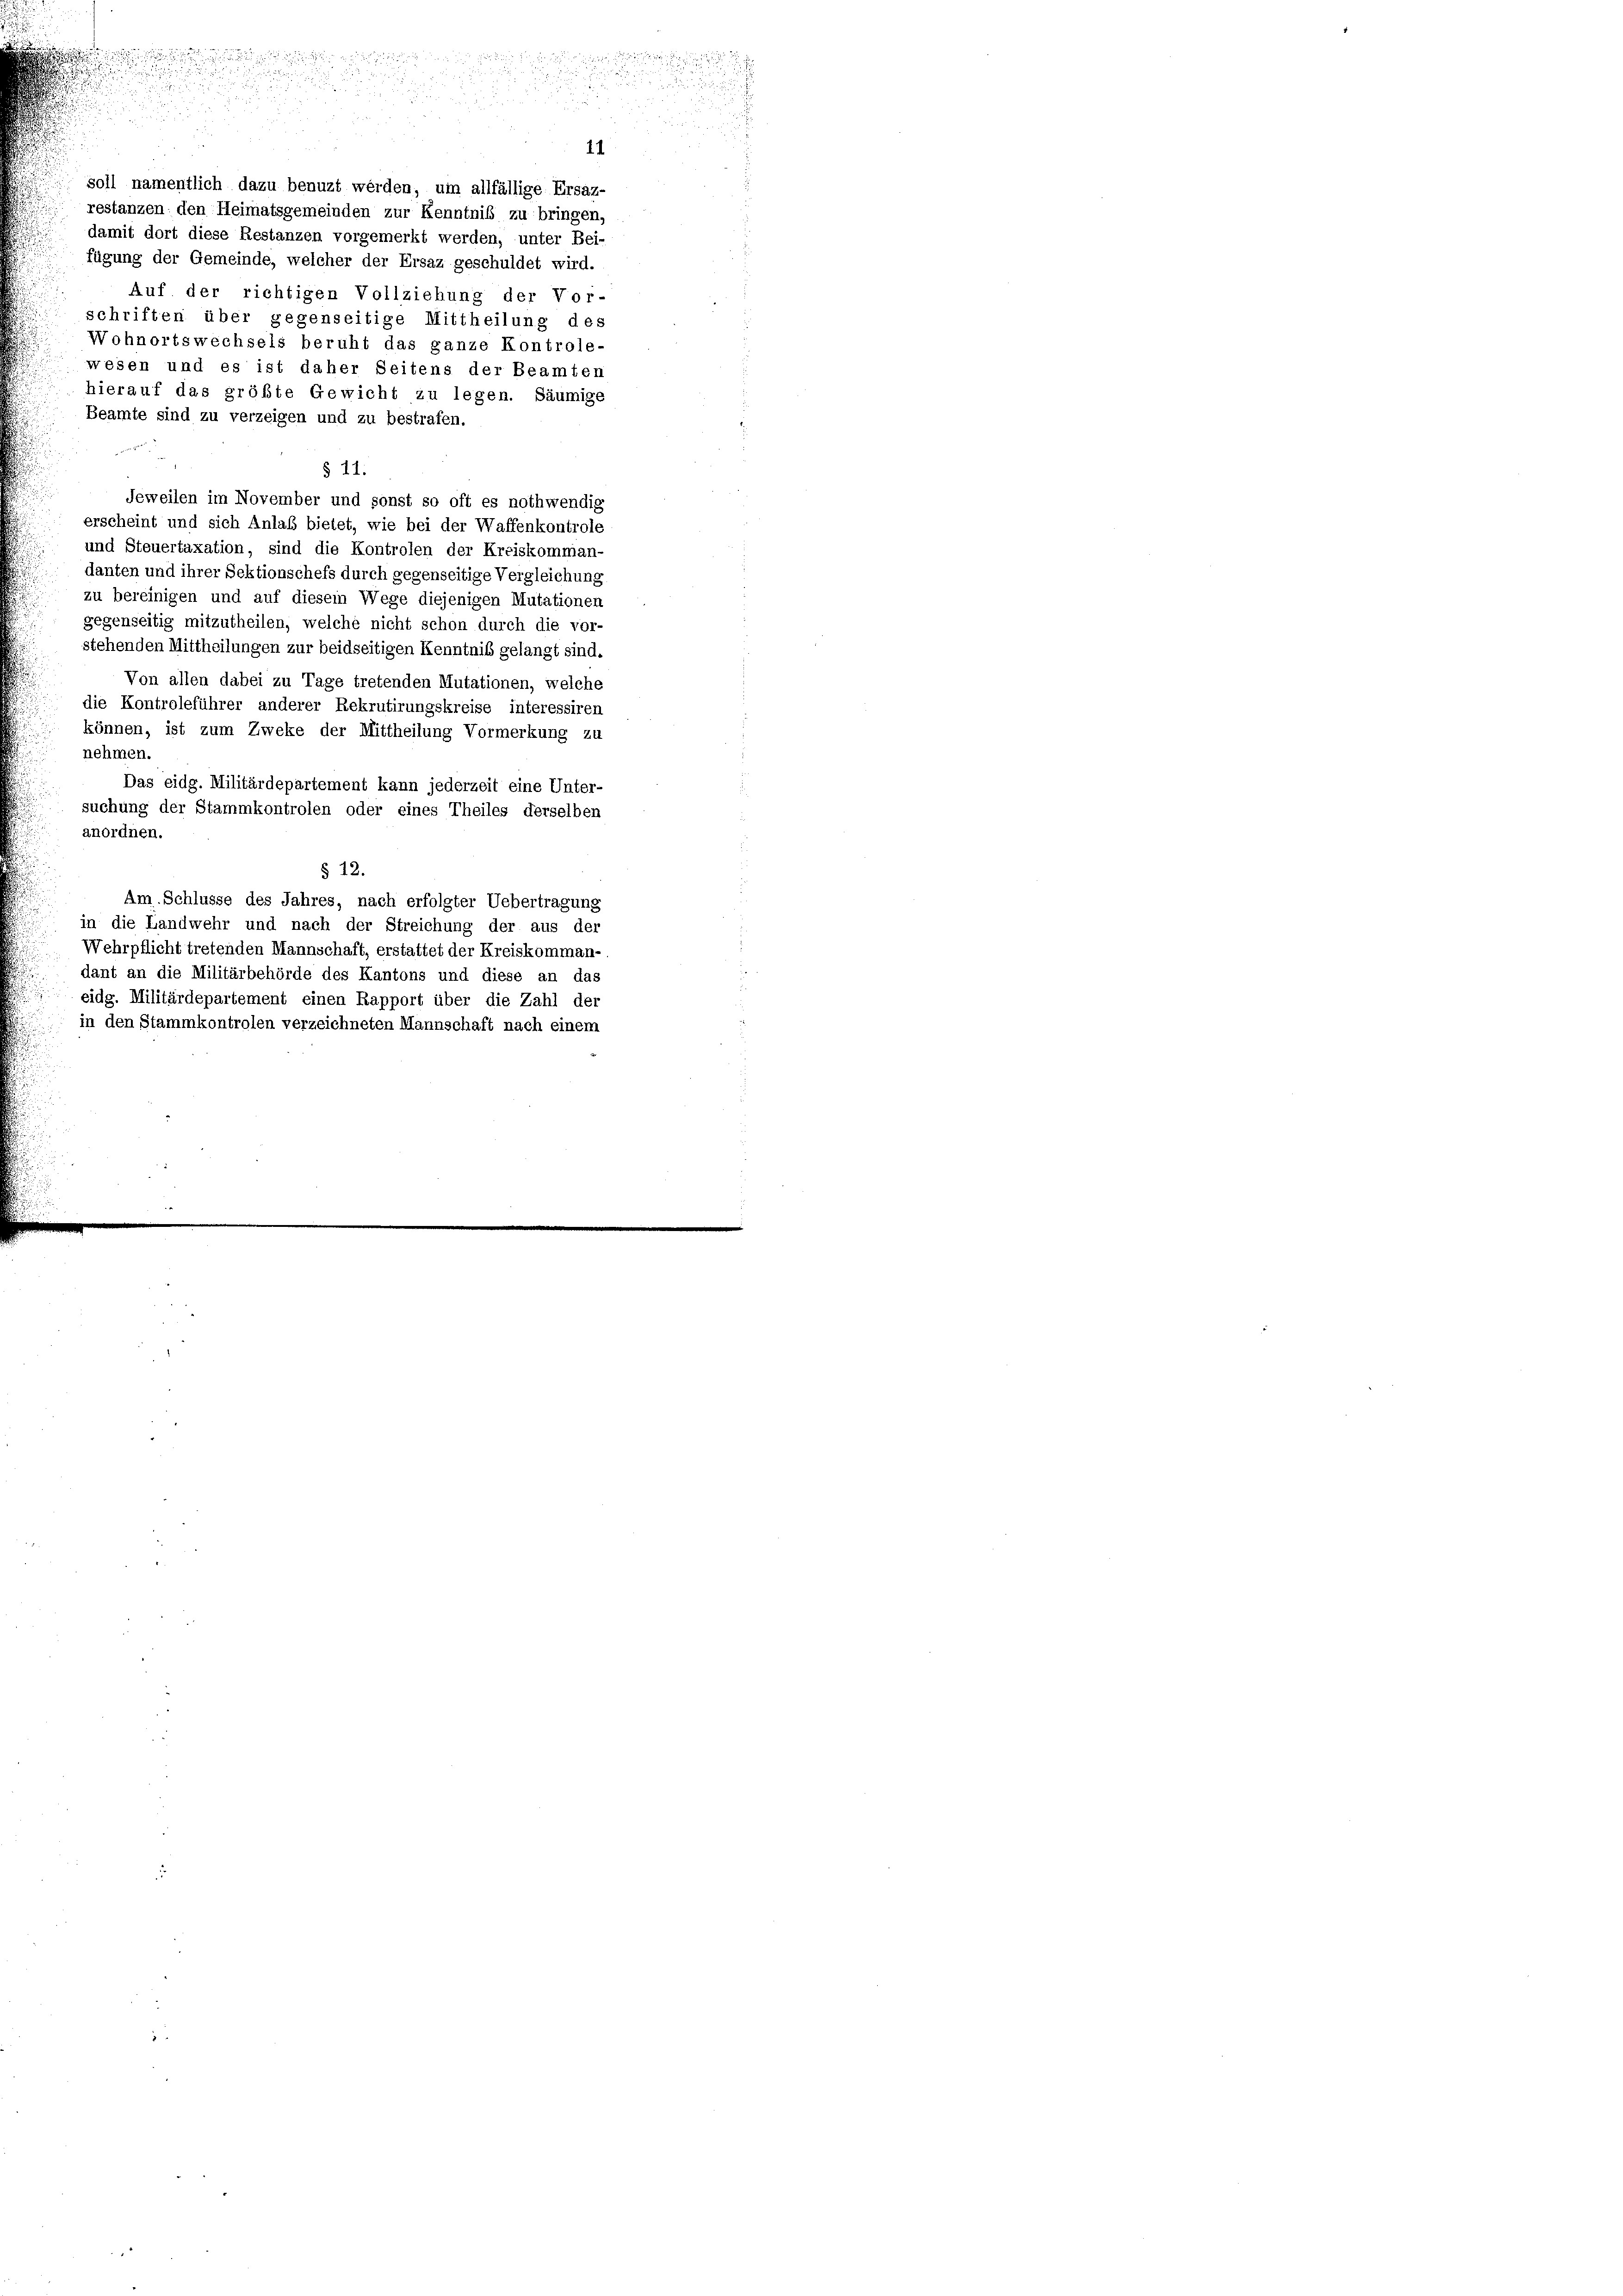
.

und
.

damit dort diese Restanzen vorgemerkt werden, unter Bei-
fügung der Gemeinde, welcher der Ersaz geschuldet wird.
Auf der richtigen Vollziehung der Vor-
schriften über gegenseitige Mittheilung des
Wohnortswechsels beruht das ganze Kontrole-
wesen und es ist daher Seitens der Beamten
hierauf das größte Gewicht zu legen. Säumige
Beamte sind zu verzeigen und zu bestrafen.
§ 11.
Jeweilen im November und sonst so oft es nothwendig
erscheint und sich Anlaß bietet, wie bei der Waffenkontrole
und Steuertaxation, sind die Kontrolen der Kreiskomman-
danten und ihrer Sektionschefs durch gegenseitige Vergleichung
zu bereinigen und auf diesem Wege diejenigen Mutationen
gegenseitig mitzutheilen, welche nicht schon durch die vor-
stehenden Mittheilungen zur beidseitigen Kenntniß gelangt sind.
Von allen dabei zu Tage tretenden Mutationen, welche
die Kontroleführer anderer Rekrutirungskreise interessiren
können, ist zum Zweke der Mittheilung Vormerkung zu
nehmen.
Das eidg. Militärdepartement kann jederzeit eine Unter-
suchung der Stammkontrolen oder eines Theiles derselben
anordnen.
§ 12.
Am Schlüsse des Jahres, nach erfolgter Uebertragung
in die Landwehr und nach der Streichung der aus der
Wehrpflicht tretenden Mannschaft, erstattet der Kreiskomman-
dant an die Militärbehörde des Kantons und diese an das
eidg. Militärdepartement einen Rapport über die Zahl der
in den Stammkontrolen verzeichneten Mannschaft nach einem

soll namentlich dazu benuzt werden, um allfällige Ersaz-
restanzen den Heimatsgemeinden zur Kenntniß zu bringen,

11

n

n
n